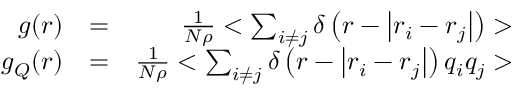
\begin{array} { r l r } { g ( r ) } & { = } & { \frac { 1 } { N \rho } < \sum _ { i \neq j } \delta \left( r - \left| \boldsymbol { r } _ { i } - \boldsymbol { r } _ { j } \right| \right) > } \\ { g _ { Q } ( r ) } & { = } & { \frac { 1 } { N \rho } < \sum _ { i \neq j } \delta \left( r - \left| \boldsymbol { r } _ { i } - \boldsymbol { r } _ { j } \right| \right) q _ { i } q _ { j } > } \end{array}